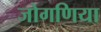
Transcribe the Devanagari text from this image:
जोगणिया